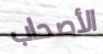
الأصحاب